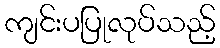
ကျင်းပပြုလုပ်သည့်